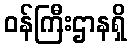
ဝန်ကြီးဌာနရှိ